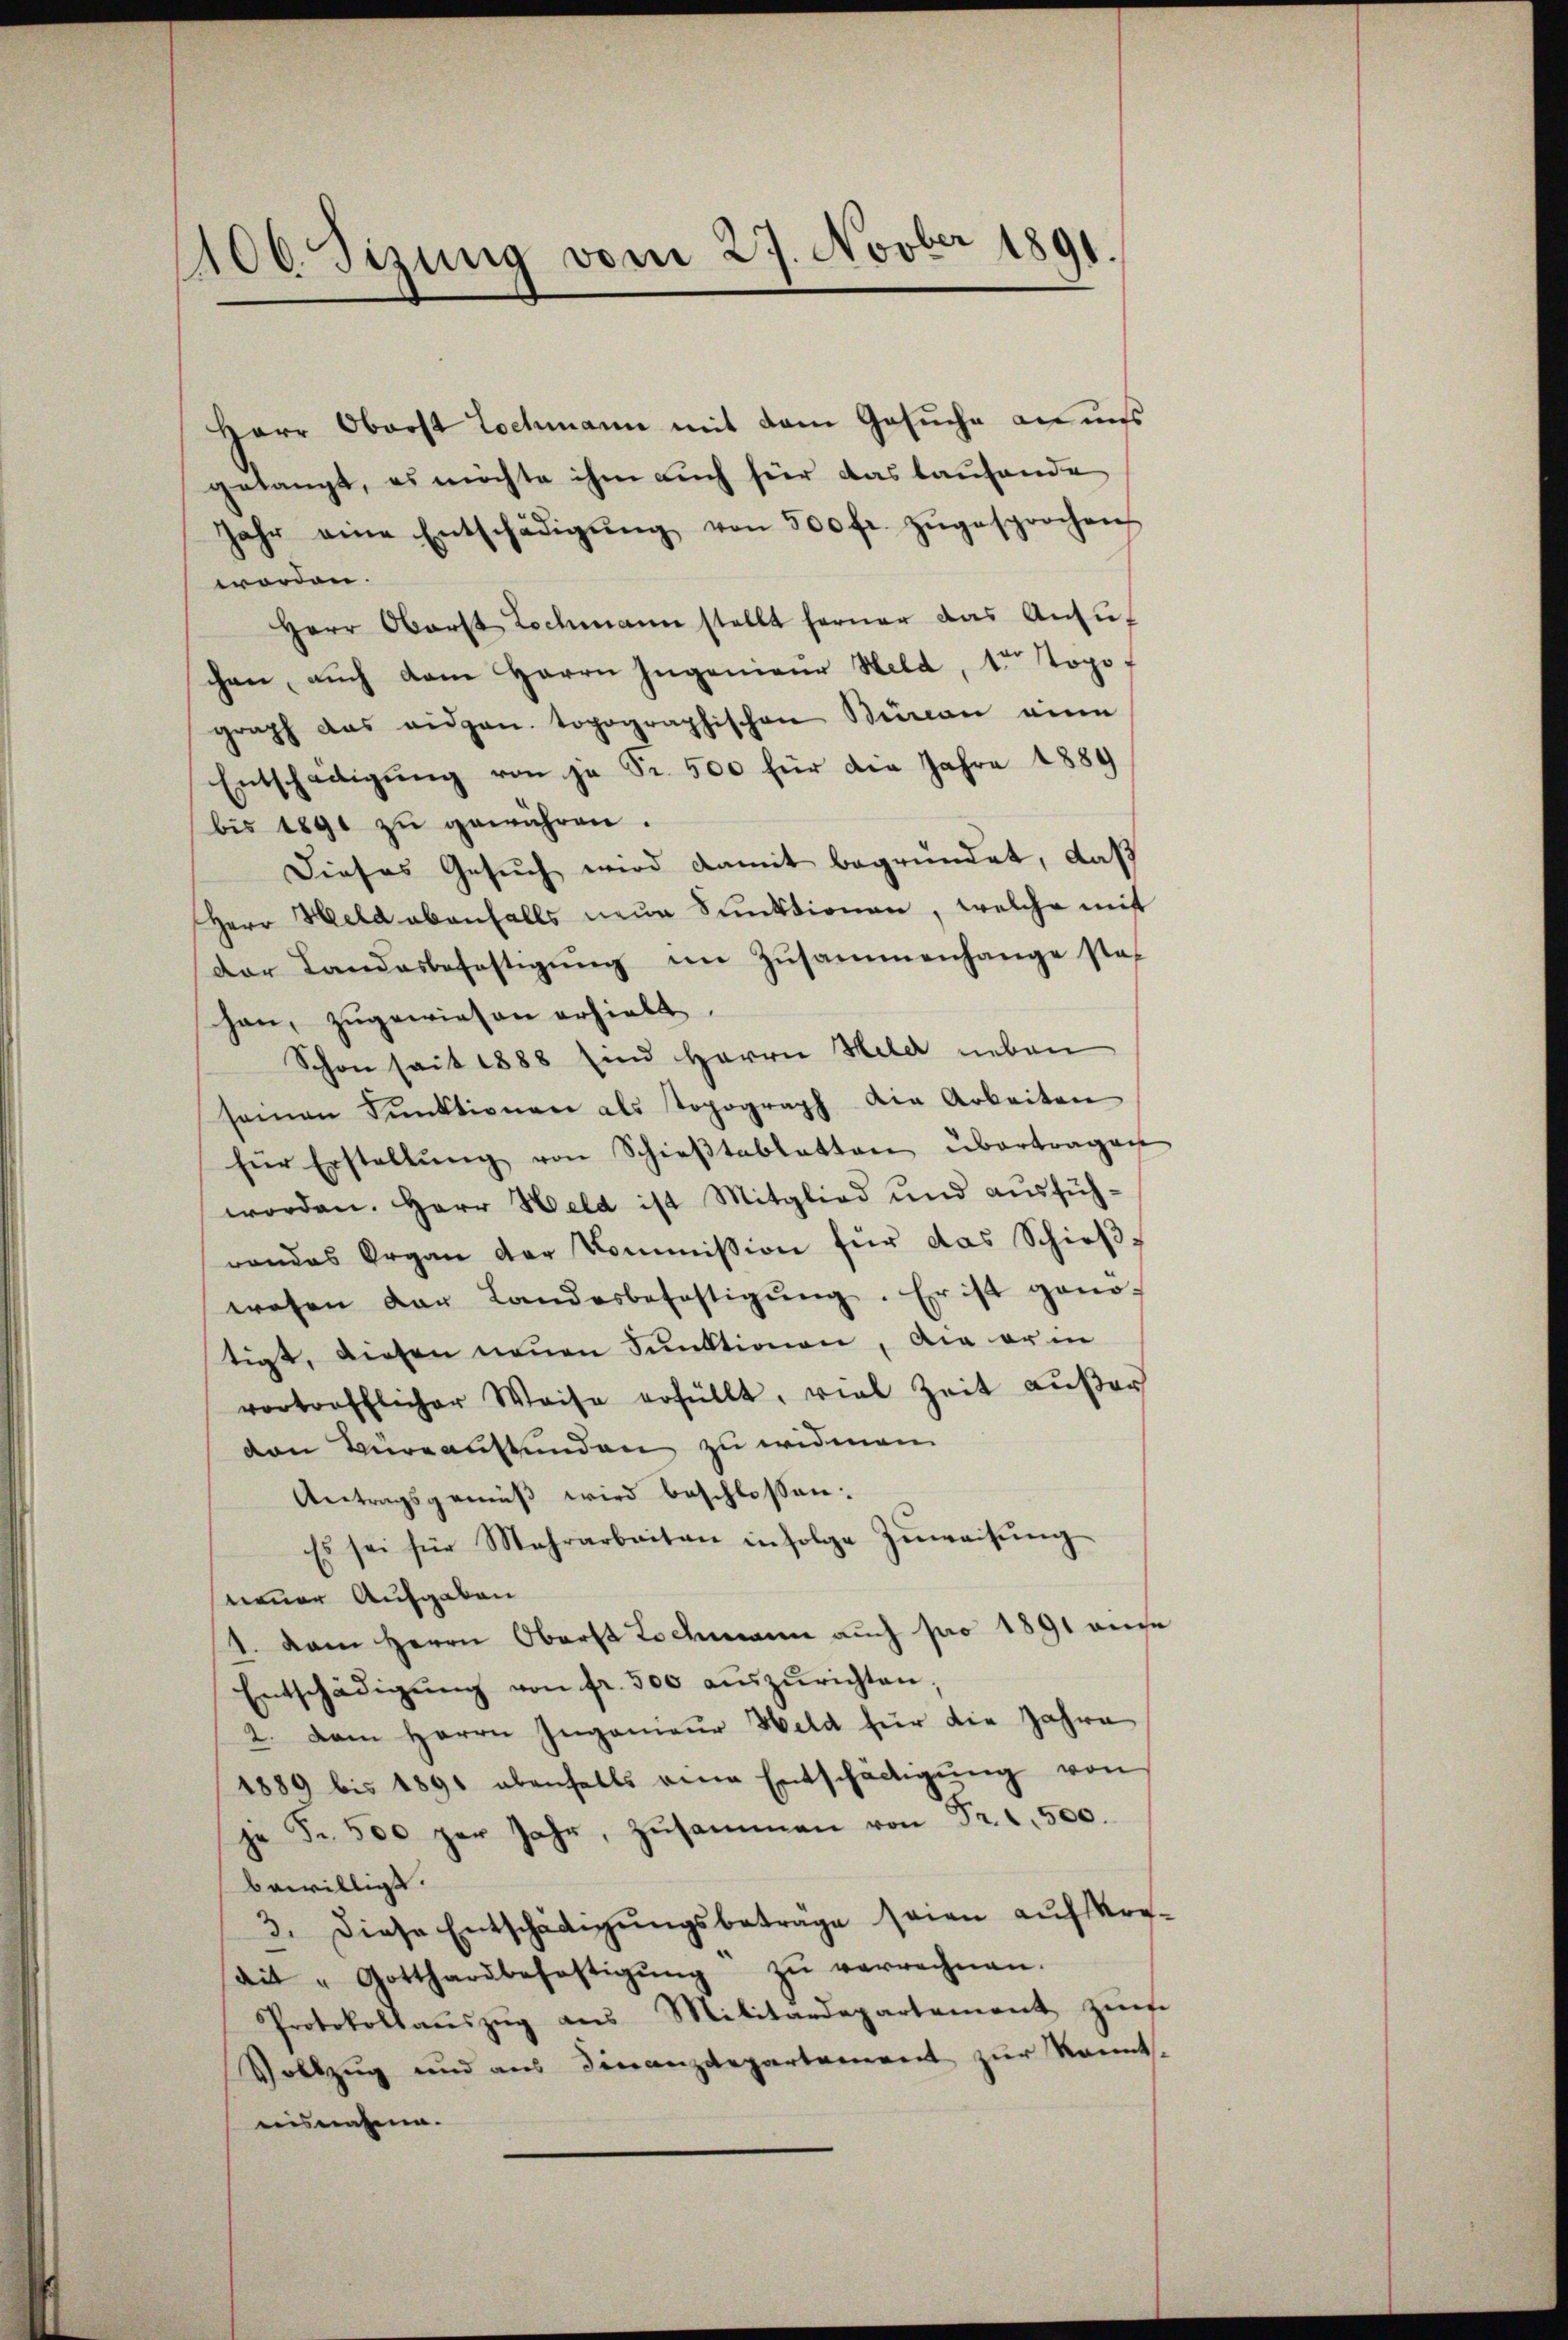
100. Sizung vom 27. Novber 1891.

Herr Oberst Lochmann mit dem Gesuche an uns
gelangt, es möchte ihm auch für das laufende
Jahr eine Entschädigŭng von 500 fr. zŭgesprochen
worden.
Herr Oberst Lochmann stellt ferner das Ansŭf
chen, auch dem Herrn Ingenieur Held, 1. Topof
graph das eidgen. topographischen Benen ein
Entschädigŭng von ja Fr. 500 für die Jahre 1889
bis 1890 zu gewähren.
Dieses Gesuch wird damit begründet, daß
Herr Held ebenfalls neue Sanktionen, welche mit
der Landesbefestigŭng im Zusammenhange stat
han, zugewiesen erhielt.
Schon seit 1888 sind Herrn Held neben
seinen Funktionen als topograph die Arbeiten
für Erstellŭng von Schieβtablatten übertragen
worden. Herr Held ist Mitglied und ausführandes Organ der Kommission für das Schieβ-
wesen der Landesbefestigŭng. Er ist geno-
tigt, diesen neŭen Sunktionen, die er in
vortrefflicher Weise erfüllt, viel Zeit aŭβer
ven Büreausstunden zu widmen
Antragsgemäß wird beschlossen:
Es sei für Mehrarbeiten infolge Zŭweisŭng
neuer Aufgaben
1. Dem Herrn Oberst Lochmann auch pro 1891 ande
Entschädigŭng von fr. 300 aŭszŭrichten.
2. Dem Herrn Ingenieur Held für die Jahre
1889 bis 1891 ebenfalls eine Entschädigŭng von
je Fr. 500 per Jahr, zusammen von Fr. 1, 500.
bewilligt.
3. Diese Entschädigŭngsbetrage seien aŭf Vor-
ait " Gotthardbefestigŭng zŭ verrechnen.
Protokollaŭszŭg ans Militärdepartement zŭm
Vollzug und aus Finanzdepartement zur Kennt-
wisnahmen.